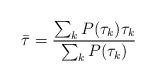
LaTeX: \begin{align*} \bar\tau = \frac{\sum_{k}P(\tau_{k}) \tau_{k}} {\sum_{k}P(\tau_{k})}\end{align*}